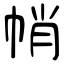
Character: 帩